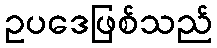
ဥပဒေဖြစ်သည်